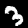
Label: 3